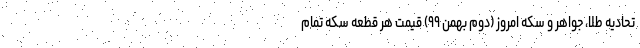
تحادیه طلا، جواهر و سکه امروز (دوم بهمن ۹۹) قیمت هر قطعه سکه تمام